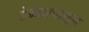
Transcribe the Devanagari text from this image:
डेन्व्हरपासून